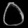
Digit: ၀